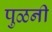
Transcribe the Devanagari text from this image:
पुळनी